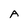
Character: A